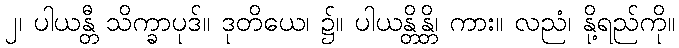
၂၊ ပါယန္တီ သိက္ခာပုဒ်။ ဒုတိယေ၊ ၌။ ပါယန္တိန္တိ၊ ကား။ လညံ၊ နို့ရည်ကို။